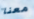
معنا